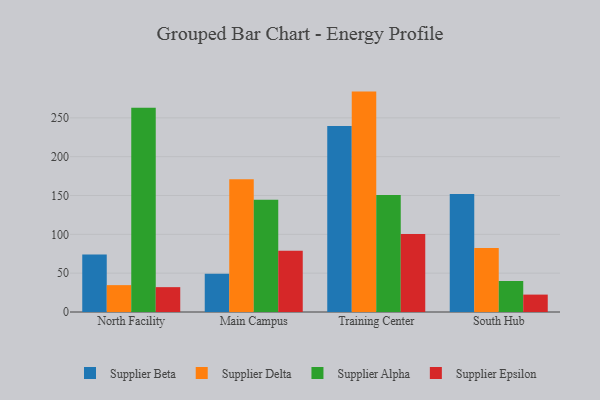
{"axis": {"x": "Campus", "y": "Churn Rate (%)"}, "legend": ["Supplier Alpha", "Supplier Beta", "Supplier Delta", "Supplier Epsilon"], "data": [{"x": "North Facility", "y": 73.9, "type": "Supplier Beta"}, {"x": "North Facility", "y": 34.6, "type": "Supplier Delta"}, {"x": "North Facility", "y": 262.9, "type": "Supplier Alpha"}, {"x": "North Facility", "y": 32.0, "type": "Supplier Epsilon"}, {"x": "Main Campus", "y": 49.1, "type": "Supplier Beta"}, {"x": "Main Campus", "y": 170.9, "type": "Supplier Delta"}, {"x": "Main Campus", "y": 144.5, "type": "Supplier Alpha"}, {"x": "Main Campus", "y": 79.0, "type": "Supplier Epsilon"}, {"x": "Training Center", "y": 239.4, "type": "Supplier Beta"}, {"x": "Training Center", "y": 283.8, "type": "Supplier Delta"}, {"x": "Training Center", "y": 150.5, "type": "Supplier Alpha"}, {"x": "Training Center", "y": 100.5, "type": "Supplier Epsilon"}, {"x": "South Hub", "y": 151.9, "type": "Supplier Beta"}, {"x": "South Hub", "y": 82.3, "type": "Supplier Delta"}, {"x": "South Hub", "y": 39.9, "type": "Supplier Alpha"}, {"x": "South Hub", "y": 22.4, "type": "Supplier Epsilon"}]}